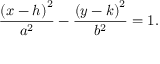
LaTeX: { \frac { \left( x - h \right) ^ { 2 } } { a ^ { 2 } } } - { \frac { \left( y - k \right) ^ { 2 } } { b ^ { 2 } } } = 1 .